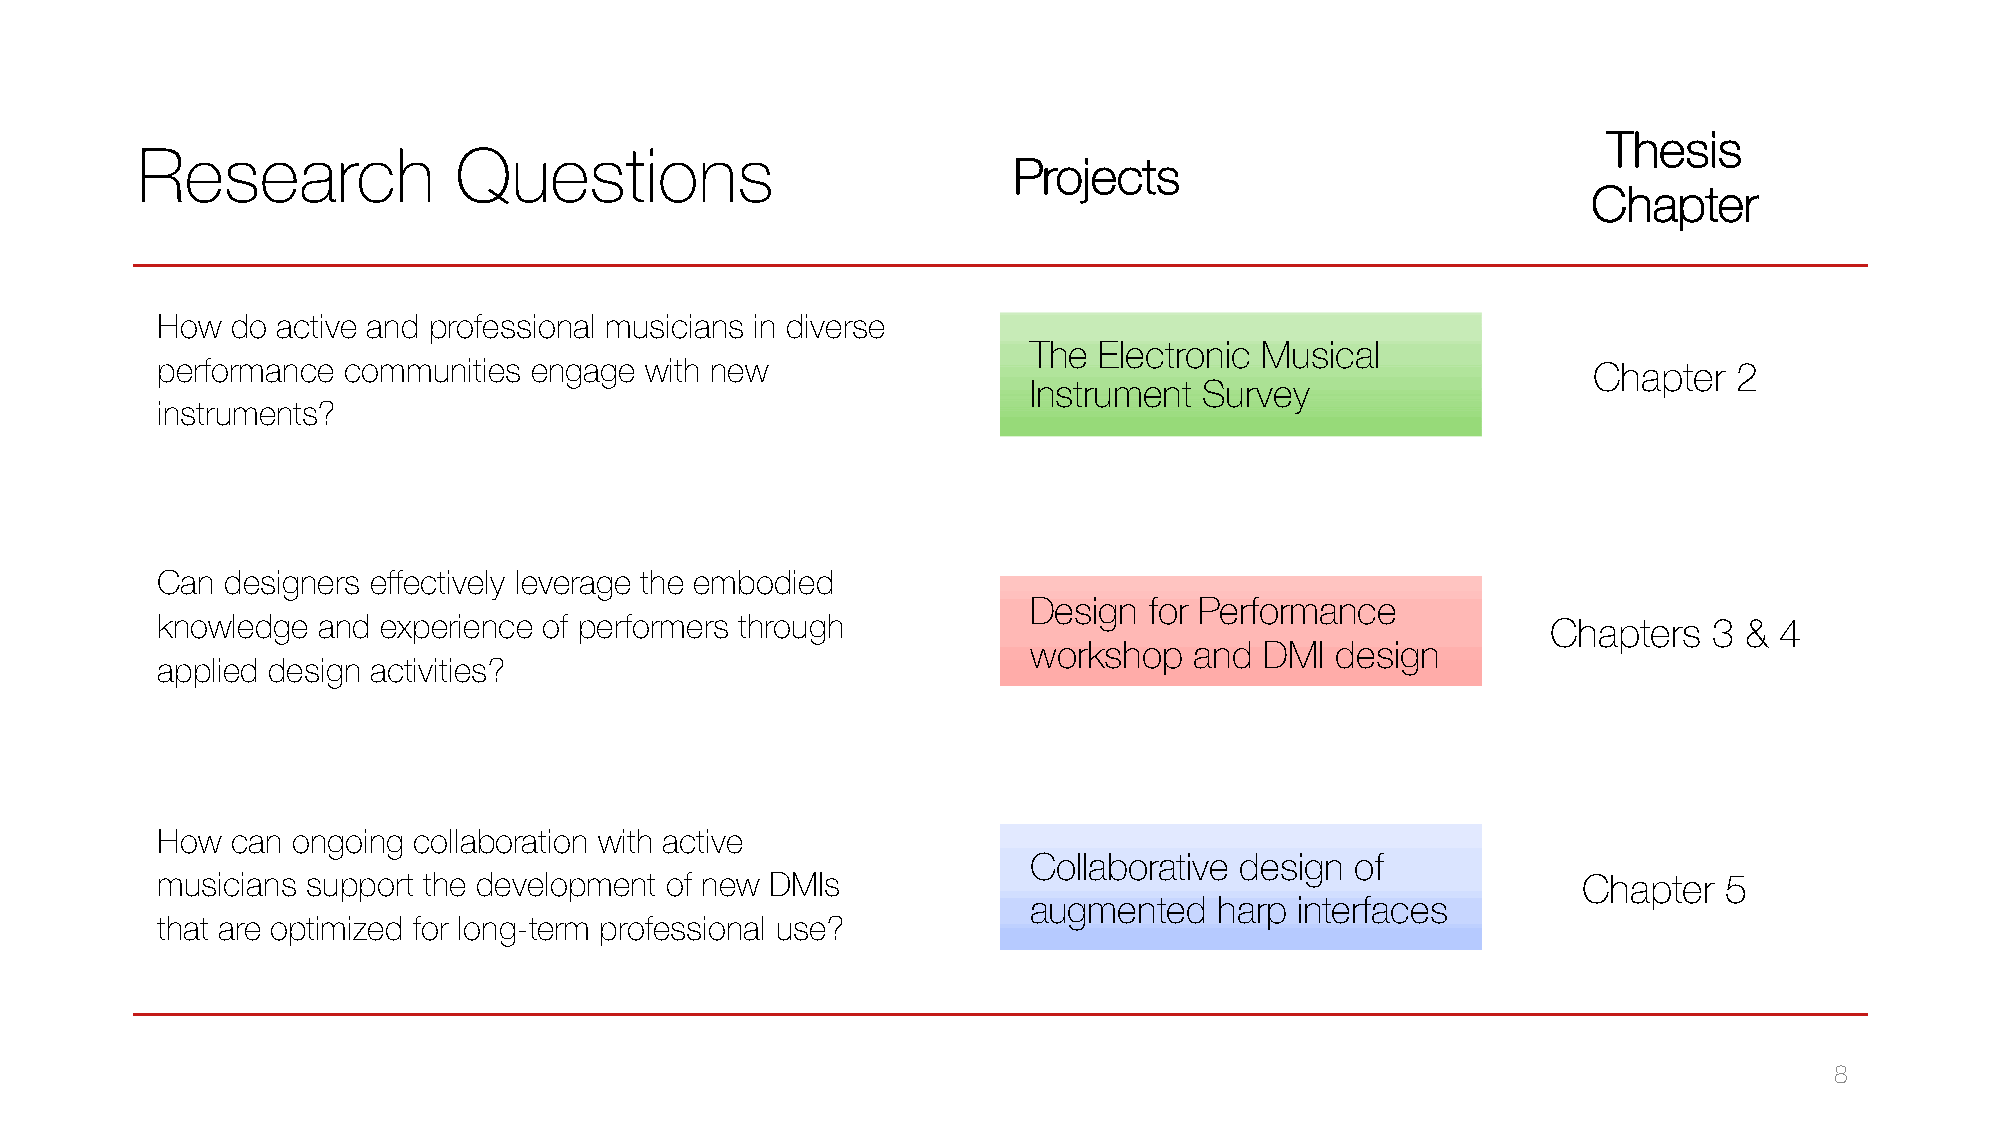
Thesis
 Research             Questions
 Projects
 Chapter
 How  do active and professional musicians in diverse
 The  Electronic Musical
 performance  communities engage  with new                                                      Chapter   2
 Instrument  Survey
 instruments?
 Can  designers effectively leverage the embodied
 Design  for Performance
 knowledge  and experience of performers through                                              Chapters  3 &  4
 workshop   and  DMI design
 applied design activities?
 How  can ongoing collaboration with active
 Collaborative design  of
 musicians support the development of new DMIs                                                  Chapter  5
 augmented    harp interfaces
 that are optimized for long-term professional use?
 8